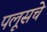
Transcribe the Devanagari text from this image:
पलूसचे